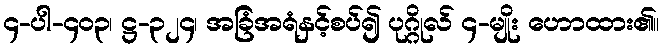
၄-ပါ-၄၀၃၊ ဋ္ဌ-၃၂၄၊ အခြံအရံနှင့်စပ်၍ ပုဂ္ဂိုလ် ၄-မျိုး ဟောထား၏။